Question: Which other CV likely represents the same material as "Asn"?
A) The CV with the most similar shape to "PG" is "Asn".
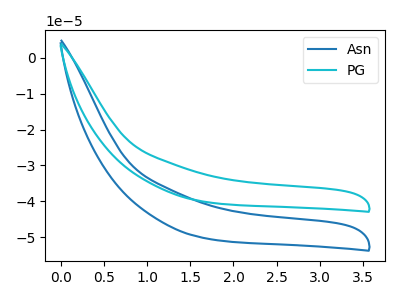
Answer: <think>The blue curve "Asn" has no peaks. The cyan curve "PG" has no peaks.
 Neither "Asn" or "PG" have any peaks.</think>
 <answer>A) The CV with the most similar shape to "PG" is "Asn".</answer>
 <eval>A</eval>